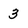
Character: 3